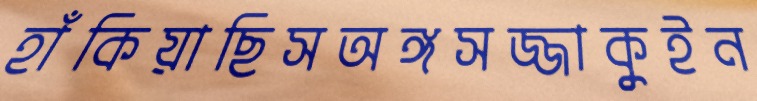
হাঁকিয়াছিসঅঙ্গসজ্জাকুইন